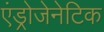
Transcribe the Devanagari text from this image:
एंड्रोजेनेटिक